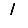
Digit: 1